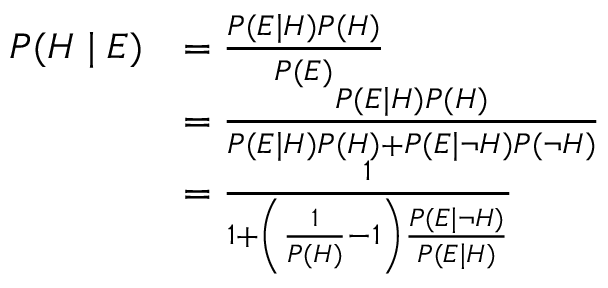
{ \begin{array} { r l } { P ( H \mid E ) } & { = { \frac { P ( E \mid H ) P ( H ) } { P ( E ) } } } \\ & { = { \frac { P ( E \mid H ) P ( H ) } { P ( E \mid H ) P ( H ) + P ( E \mid \neg H ) P ( \neg H ) } } } \\ & { = { \frac { 1 } { 1 + \left( { \frac { 1 } { P ( H ) } } - 1 \right) { \frac { P ( E \mid \neg H ) } { P ( E \mid H ) } } } } } \end{array} }